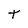
Character: t